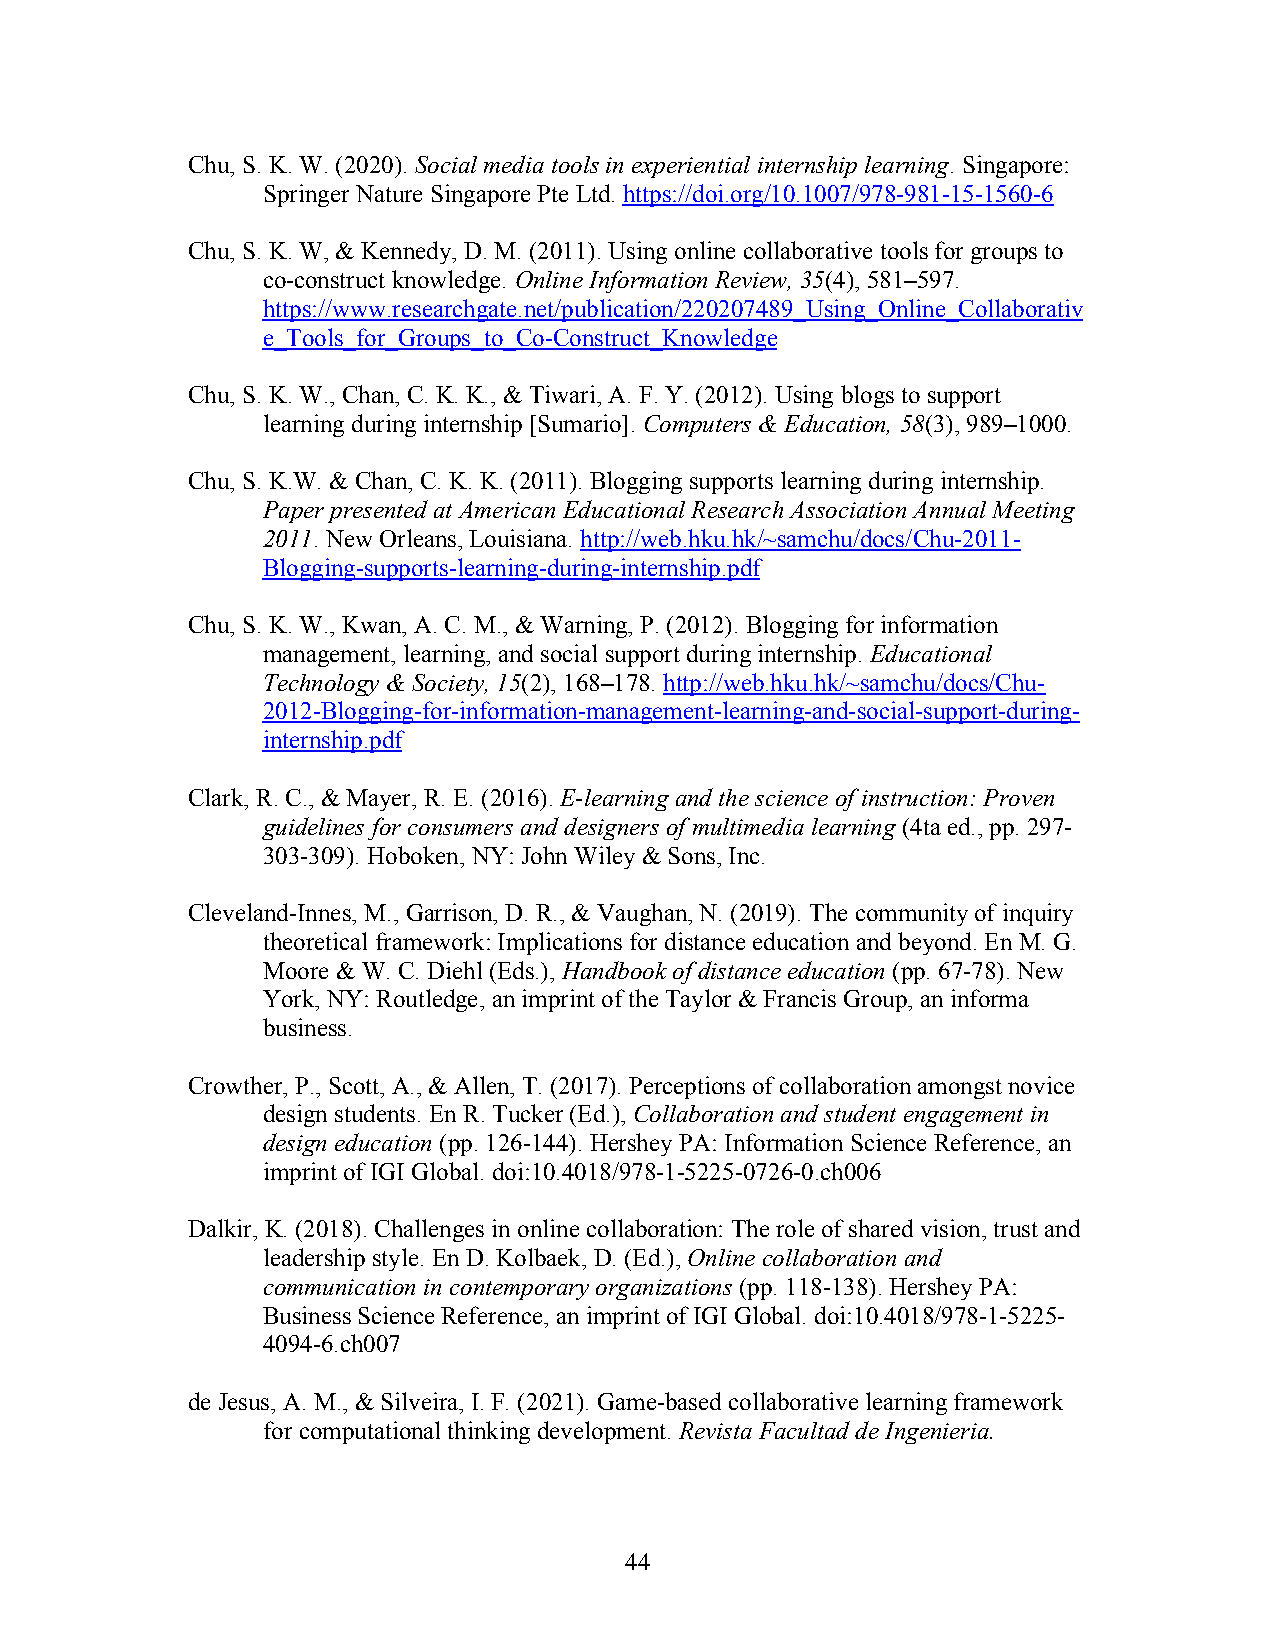
Chu, S. K. W. (2020). Social media tools in experiential internship learning. Singapore:
 Springer Nature Singapore Pte Ltd. https://doi.org/10.1007/978-981-15-1560-6
 Chu, S. K. W, & Kennedy, D. M. (2011). Using online collaborative tools for groups to
 co-construct knowledge. Online Information Review, 35(4), 581–597.
 https://www.researchgate.net/publication/220207489_Using_Online_Collaborativ
 e_Tools_for_Groups_to_Co-Construct_Knowledge
 Chu, S. K. W., Chan, C. K. K., & Tiwari, A. F. Y. (2012). Using blogs to support
 learning during internship [Sumario]. Computers & Education, 58(3), 989–1000.
 Chu, S. K.W. & Chan, C. K. K. (2011). Blogging supports learning during internship.
 Paper presented at American Educational Research Association Annual Meeting
 2011. New Orleans, Louisiana. http://web.hku.hk/~samchu/docs/Chu-2011-
 Blogging-supports-learning-during-internship.pdf
 Chu, S. K. W., Kwan, A. C. M., & Warning, P. (2012). Blogging for information
 management, learning, and social support during internship. Educational
 Technology & Society, 15(2), 168–178. http://web.hku.hk/~samchu/docs/Chu-
 2012-Blogging-for-information-management-learning-and-social-support-during-
 internship.pdf
 Clark, R. C., & Mayer, R. E. (2016). E-learning and the science of instruction: Proven
 guidelines for consumers and designers of multimedia learning (4ta ed., pp. 297-
 303-309). Hoboken, NY: John Wiley & Sons, Inc.
 Cleveland-Innes, M., Garrison, D. R., & Vaughan, N. (2019). The community of inquiry
 theoretical framework: Implications for distance education and beyond. En M. G.
 Moore & W. C. Diehl (Eds.), Handbook of distance education (pp. 67-78). New
 York, NY: Routledge, an imprint of the Taylor & Francis Group, an informa
 business.
 Crowther, P., Scott, A., & Allen, T. (2017). Perceptions of collaboration amongst novice
 design students. En R. Tucker (Ed.), Collaboration and student engagement in
 design education (pp. 126-144). Hershey PA: Information Science Reference, an
 imprint of IGI Global. doi:10.4018/978-1-5225-0726-0.ch006
 Dalkir, K. (2018). Challenges in online collaboration: The role of shared vision, trust and
 leadership style. En D. Kolbaek, D. (Ed.), Online collaboration and
 communication in contemporary organizations (pp. 118-138). Hershey PA:
 Business Science Reference, an imprint of IGI Global. doi:10.4018/978-1-5225-
 4094-6.ch007
 de Jesus, A. M., & Silveira, I. F. (2021). Game-based collaborative learning framework
 for computational thinking development. Revista Facultad de Ingenieria.
 44